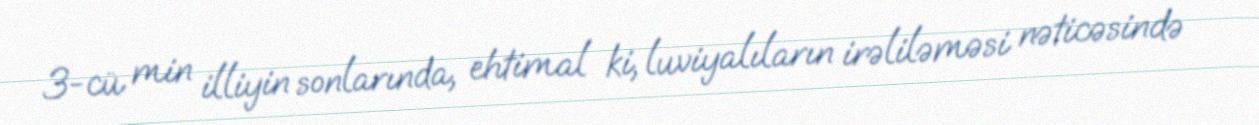
3-cü min illiyin sonlarında, ehtimal ki, luviyalıların irəliləməsi nəticəsində